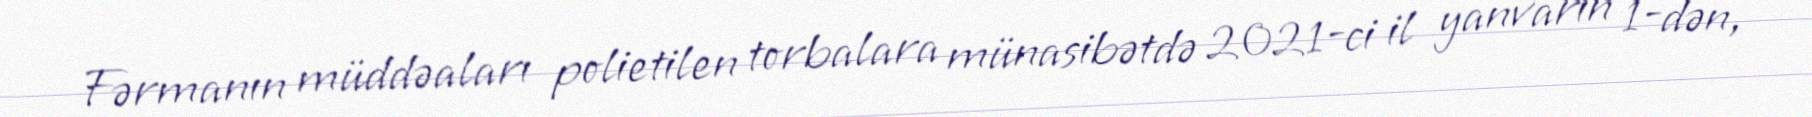
Fərmanın müddəaları polietilen torbalara münasibətdə 2021-ci il yanvarın 1-dən,